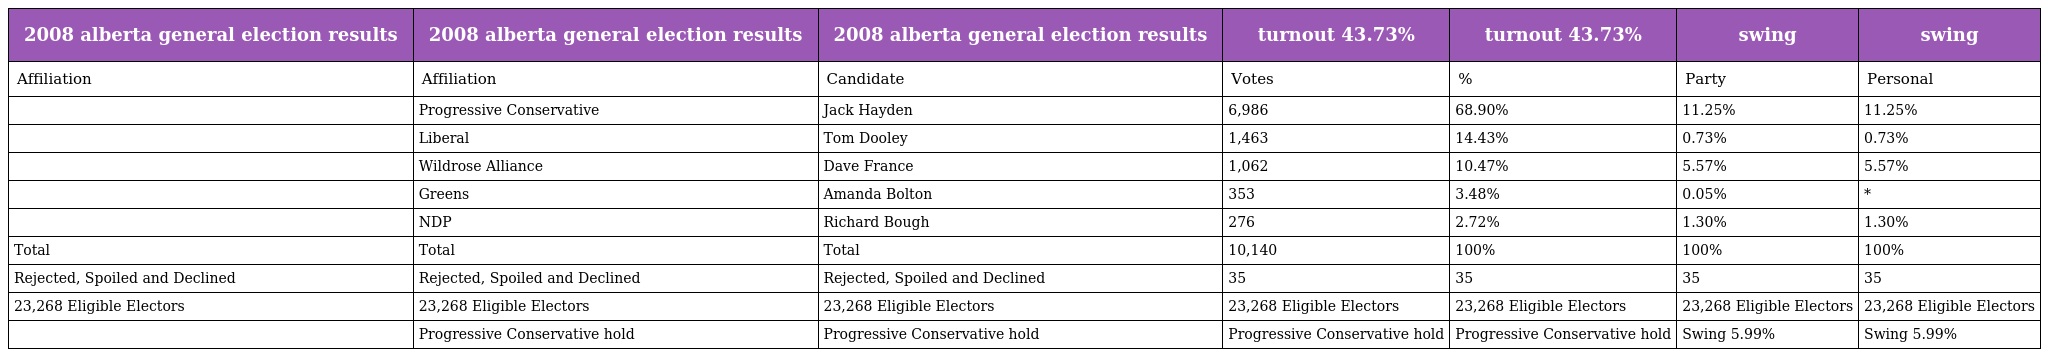
| 2008 alberta general election results | 2008 alberta general election results | 2008 alberta general election results | turnout 43.73% | turnout 43.73% | swing | swing |
 | --- | --- | --- | --- | --- | --- | --- |
 | Affiliation | Affiliation | Candidate | Votes | % | Party | Personal |
 |  | Progressive Conservative | Jack Hayden | 6,986 | 68.90% | 11.25% | 11.25% |
 |  | Liberal | Tom Dooley | 1,463 | 14.43% | 0.73% | 0.73% |
 |  | Wildrose Alliance | Dave France | 1,062 | 10.47% | 5.57% | 5.57% |
 |  | Greens | Amanda Bolton | 353 | 3.48% | 0.05% | * |
 |  | NDP | Richard Bough | 276 | 2.72% | 1.30% | 1.30% |
 | Total | Total | Total | 10,140 | 100% | 100% | 100% |
 | Rejected, Spoiled and Declined | Rejected, Spoiled and Declined | Rejected, Spoiled and Declined | 35 | 35 | 35 | 35 |
 | 23,268 Eligible Electors | 23,268 Eligible Electors | 23,268 Eligible Electors | 23,268 Eligible Electors | 23,268 Eligible Electors | 23,268 Eligible Electors | 23,268 Eligible Electors |
 |  | Progressive Conservative hold | Progressive Conservative hold | Progressive Conservative hold | Progressive Conservative hold | Swing 5.99% | Swing 5.99% |